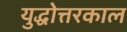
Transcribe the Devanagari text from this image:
युद्धोत्तरकाल